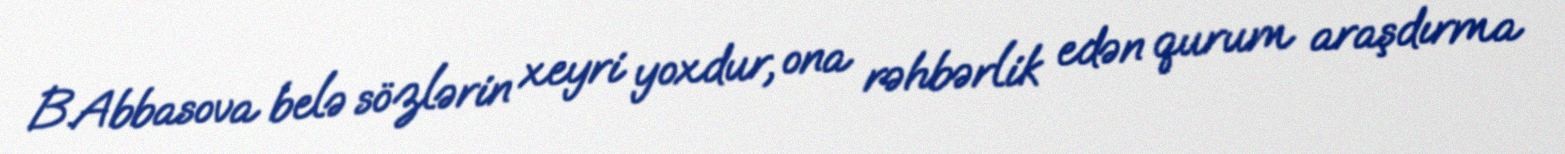
B.Abbasova belə sözlərin xeyri yoxdur, ona rəhbərlik edən qurum araşdırma